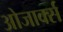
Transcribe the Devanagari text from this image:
ओजार्क्स